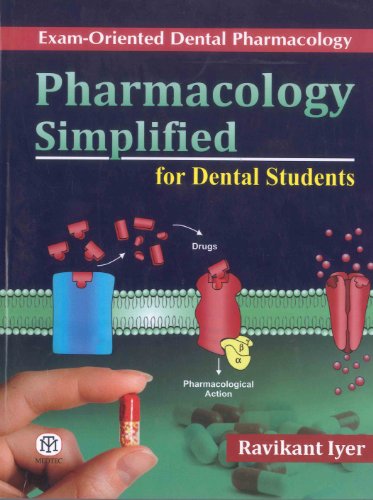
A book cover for Pharmacology Simplified for Dental Students; Ravikant Iyer; Medical Books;